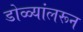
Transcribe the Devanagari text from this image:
डोळ्यांलरून